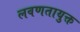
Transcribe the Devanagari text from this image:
लवणतायुक्त